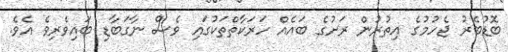
ބޮޑުބެރު ޖެހުމުގެ އިތުރުން ރަށުގެ ބައެއް ހަރަކާތްތަކުގައި ވެސް ނާގަބާޑި ބައިވެރިވެ އެވެ.